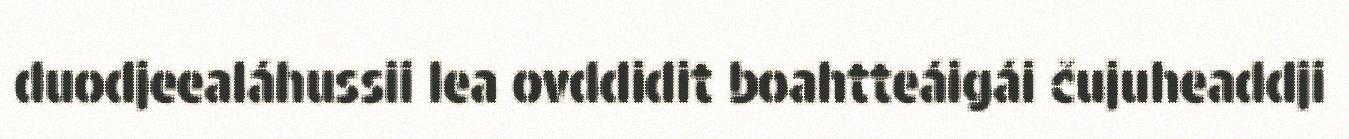
duodjeealáhussii lea ovddidit boahtteáigái čujuheaddji